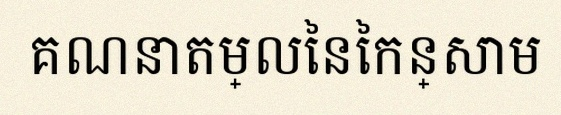
គណនាតម្លៃនៃកន្សោម